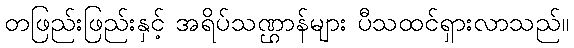
တဖြည်းဖြည်းနှင့် အရိပ်သဏ္ဌာန်များ ပီသထင်ရှားလာသည်။